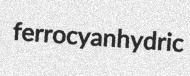
ferrocyanhydric